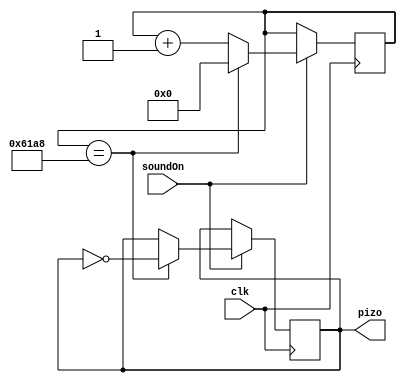
`timescale 1ns / 1ps
//////////////////////////////////////////////////////////////////////////////////
// Company: 
// Engineer: 
// 
// Design Name: 
// Module Name:    top 
// Project Name: 
// Target Devices: 
// Tool versions: 
// Description: 
//
// Dependencies: 
//
// Revision: 
// Revision 0.01 - File Created
// Additional Comments: 
//
//////////////////////////////////////////////////////////////////////////////////

module topSpeaker(clk, pizo, soundOn);

input clk;
input soundOn;
//input btn0;
//input bnt1;
//input btn2;
//input btn3;

output reg pizo;

reg [25:0] count;

initial begin
	count = 0;
	pizo = 0;
end

always @ (posedge clk) begin
	if (soundOn) begin
		if (count == 26'd25000) begin
			count <= 0;
			pizo <= ~pizo;
		end
	
		else begin
			count <= count + 1;
		end
	end
end		

endmodule

/*
module top(clk, pizo);

input clk;
//input btn0;
//input bnt1;
//input btn2;
//input btn3;

output reg pizo;

reg [25:0] count;
reg [259:0] loop;
reg [25:0] sound;

initial begin
	count = 0;
	pizo = 0;
	loop = 0;
	sound = 26'd190840;
end

always @ (posedge clk) begin
	if (count == sound) begin
		count <= 0;
		loop <= loop + 1;
		pizo <= ~pizo;
	end
	
	else if (loop == 260'd8000) begin
		loop <= 0;
	end
	
	else begin
		count <= count + 1;
		case (loop)
			260'd0: begin
				sound <= 26'd190840;
			end
			260'd1000: begin
				sound <= 26'd170068;
			end
			260'd2000: begin
				sound <= 26'd151515;
			end
			260'd3000: begin
				sound <= 26'd143266;
			end
			260'd4000: begin
				sound <= 26'd127551;
			end
			260'd5000: begin
				sound <= 26'd113636;
			end
			260'd6000: begin
				sound <= 26'd101214;
			end
			260'd7000: begin
				sound <= 26'd95602;
			end
			default: begin
				sound <= 26'd190840;
			end
	endcase
  end
 end

endmodule

*/